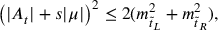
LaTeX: \left( | A _ { t } | + s | \mu | \right) ^ { 2 } \leq 2 ( m _ { \tilde { t } _ { L } } ^ { 2 } + m _ { \tilde { t } _ { R } } ^ { 2 } ) ,